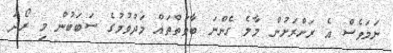
ނަމަވެސް އެ ރަށްރަށުން މާލެ ގެންނަ ބާވަތްތައް މަދުވުމުގެ ސަބަބުން މި ރޯދަ